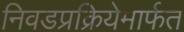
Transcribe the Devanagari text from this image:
निवडप्रक्रियेमार्फत